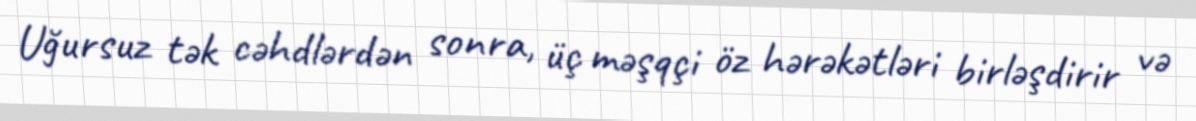
Uğursuz tək cəhdlərdən sonra, üç məşqçi öz hərəkətləri birləşdirir və